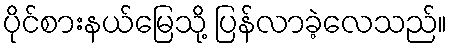
ပိုင်စားနယ်မြေသို့ ပြန်လာခဲ့လေသည်။